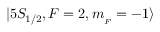
| 5 S _ { 1 / 2 } , F = 2 , m _ { _ F } = - 1 \rangle